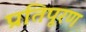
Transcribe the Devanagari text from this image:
प्रतिपूरण